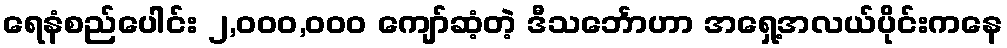
ရေနံစည်ပေါင်း ၂,၀၀၀,၀၀၀ ကျော်ဆံ့တဲ့ ဒီသင်္ဘောဟာ အရှေ့အလယ်ပိုင်းကနေ